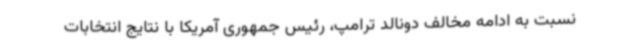
نسبت به ادامه مخالف دونالد ترامپ، رئیس جمهوری آمریکا با نتایج انتخابات